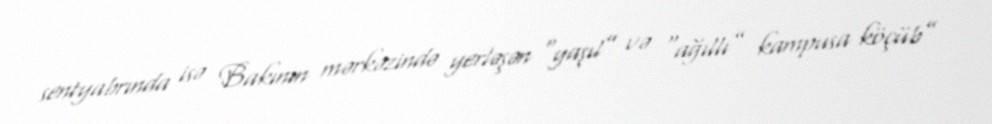
sentyabrında isə Bakının mərkəzində yerləşən “yaşıl” və “ağıllı” kampusa köçüb”